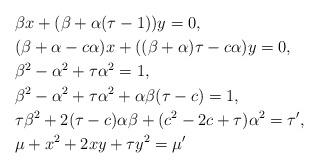
LaTeX: \begin{align*}&\beta x+ (\beta+\alpha(\tau-1))y=0,\\&(\beta+\alpha-c\alpha)x + ((\beta+\alpha)\tau-c\alpha)y=0,\\&\beta^2-\alpha^2 + \tau \alpha^2 = 1,\\&\beta^2-\alpha^2 + \tau \alpha^2 + \alpha\beta(\tau-c)=1,\\&\tau \beta^2 + 2(\tau-c)\alpha\beta + (c^2-2c+\tau)\alpha^2=\tau',\\&\mu+x^2+2xy+\tau y^2=\mu' \end{align*}